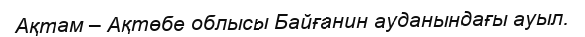
Ақтам – Ақтөбе облысы Байғанин ауданындағы ауыл.